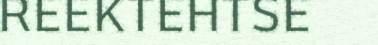
REEKTEHTSE